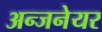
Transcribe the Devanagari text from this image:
अन्जनेयर